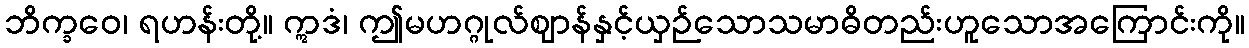
ဘိက္ခဝေ၊ ရဟန်းတို့။ ဣဒံ၊ ဤမဟဂ္ဂုလ်ဈာန်နှင့်ယှဉ်သောသမာဓိတည်းဟူသောအကြောင်းကို။